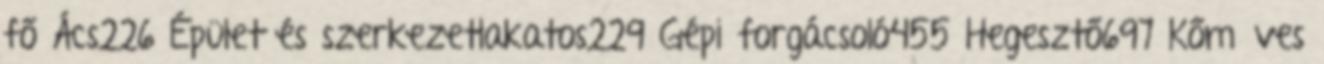
fő Ács226 Épület és szerkezetlakatos229 Gépi forgácsoló455 Hegesztő697 Kőműves